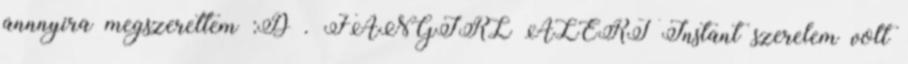
annnyira megszerettem :D . FANGIRL ALERT Instant szerelem volt